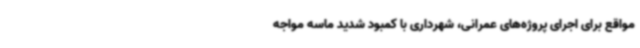
مواقع برای اجرای پروژه‌های عمرانی، شهرداری با کمبود شدید ماسه مواجه